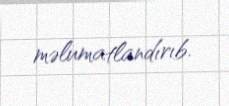
məlumatlandırıb.